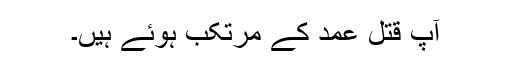
آپ قتل عمد کے مرتکب ہوئے ہیں۔